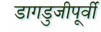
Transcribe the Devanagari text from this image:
डागडुजीपूर्वी